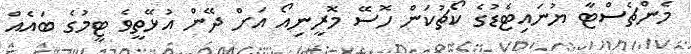
މެންޗެސްޓާ ޔުނައިޓެޑުގެ ކޯޗުކަން ހޮސޭ މޮރީނިއޯ އަށް ދޭން އުޅޭތީވެ ޓީމުގެ ބައެއް